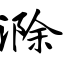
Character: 滁